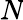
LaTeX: \textit{N}